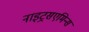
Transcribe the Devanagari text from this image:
नाइट्रसएमिन्स